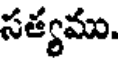
సత్యము.